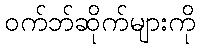
ဝက်ဘ်ဆိုက်များကို